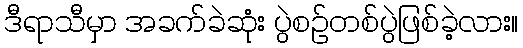
ဒီရာသီမှာ အခက်ခဲဆုံး ပွဲစဉ်တစ်ပွဲဖြစ်ခဲ့လား။